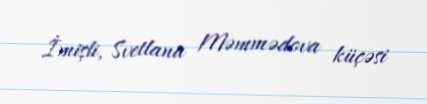
İmişli, Svetlana Məmmədova küçəsi